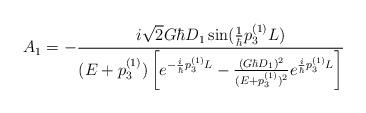
LaTeX: \begin{align*} A_1=-\frac{i\sqrt{2}G\hbar D_1\sin(\frac{1}{\hbar}p_3^{(1)}L)} {(E+p_3^{(1)})\left[ e^{-\frac{i}{\hbar}p_3^{(1)}L}-\frac{(G\hbar D_1)^2}{(E+p_3^{(1)})^2} e^{\frac{i}{\hbar}p_3^{(1)}L}\right]}\end{align*}